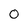
Character: 0